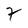
Character: 7